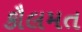
કૌલમત